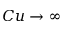
C u \rightarrow \infty